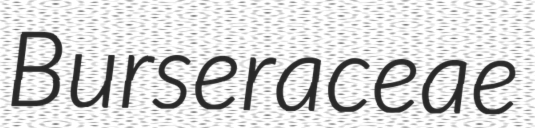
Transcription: Burseraceae